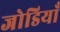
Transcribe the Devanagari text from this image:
जोडियाँ